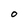
Character: O